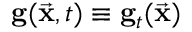
{ \bf g } ( \vec { \bf x } , t ) \equiv { \bf g } _ { t } ( \vec { \bf x } )